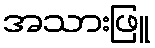
အသားဖြူ